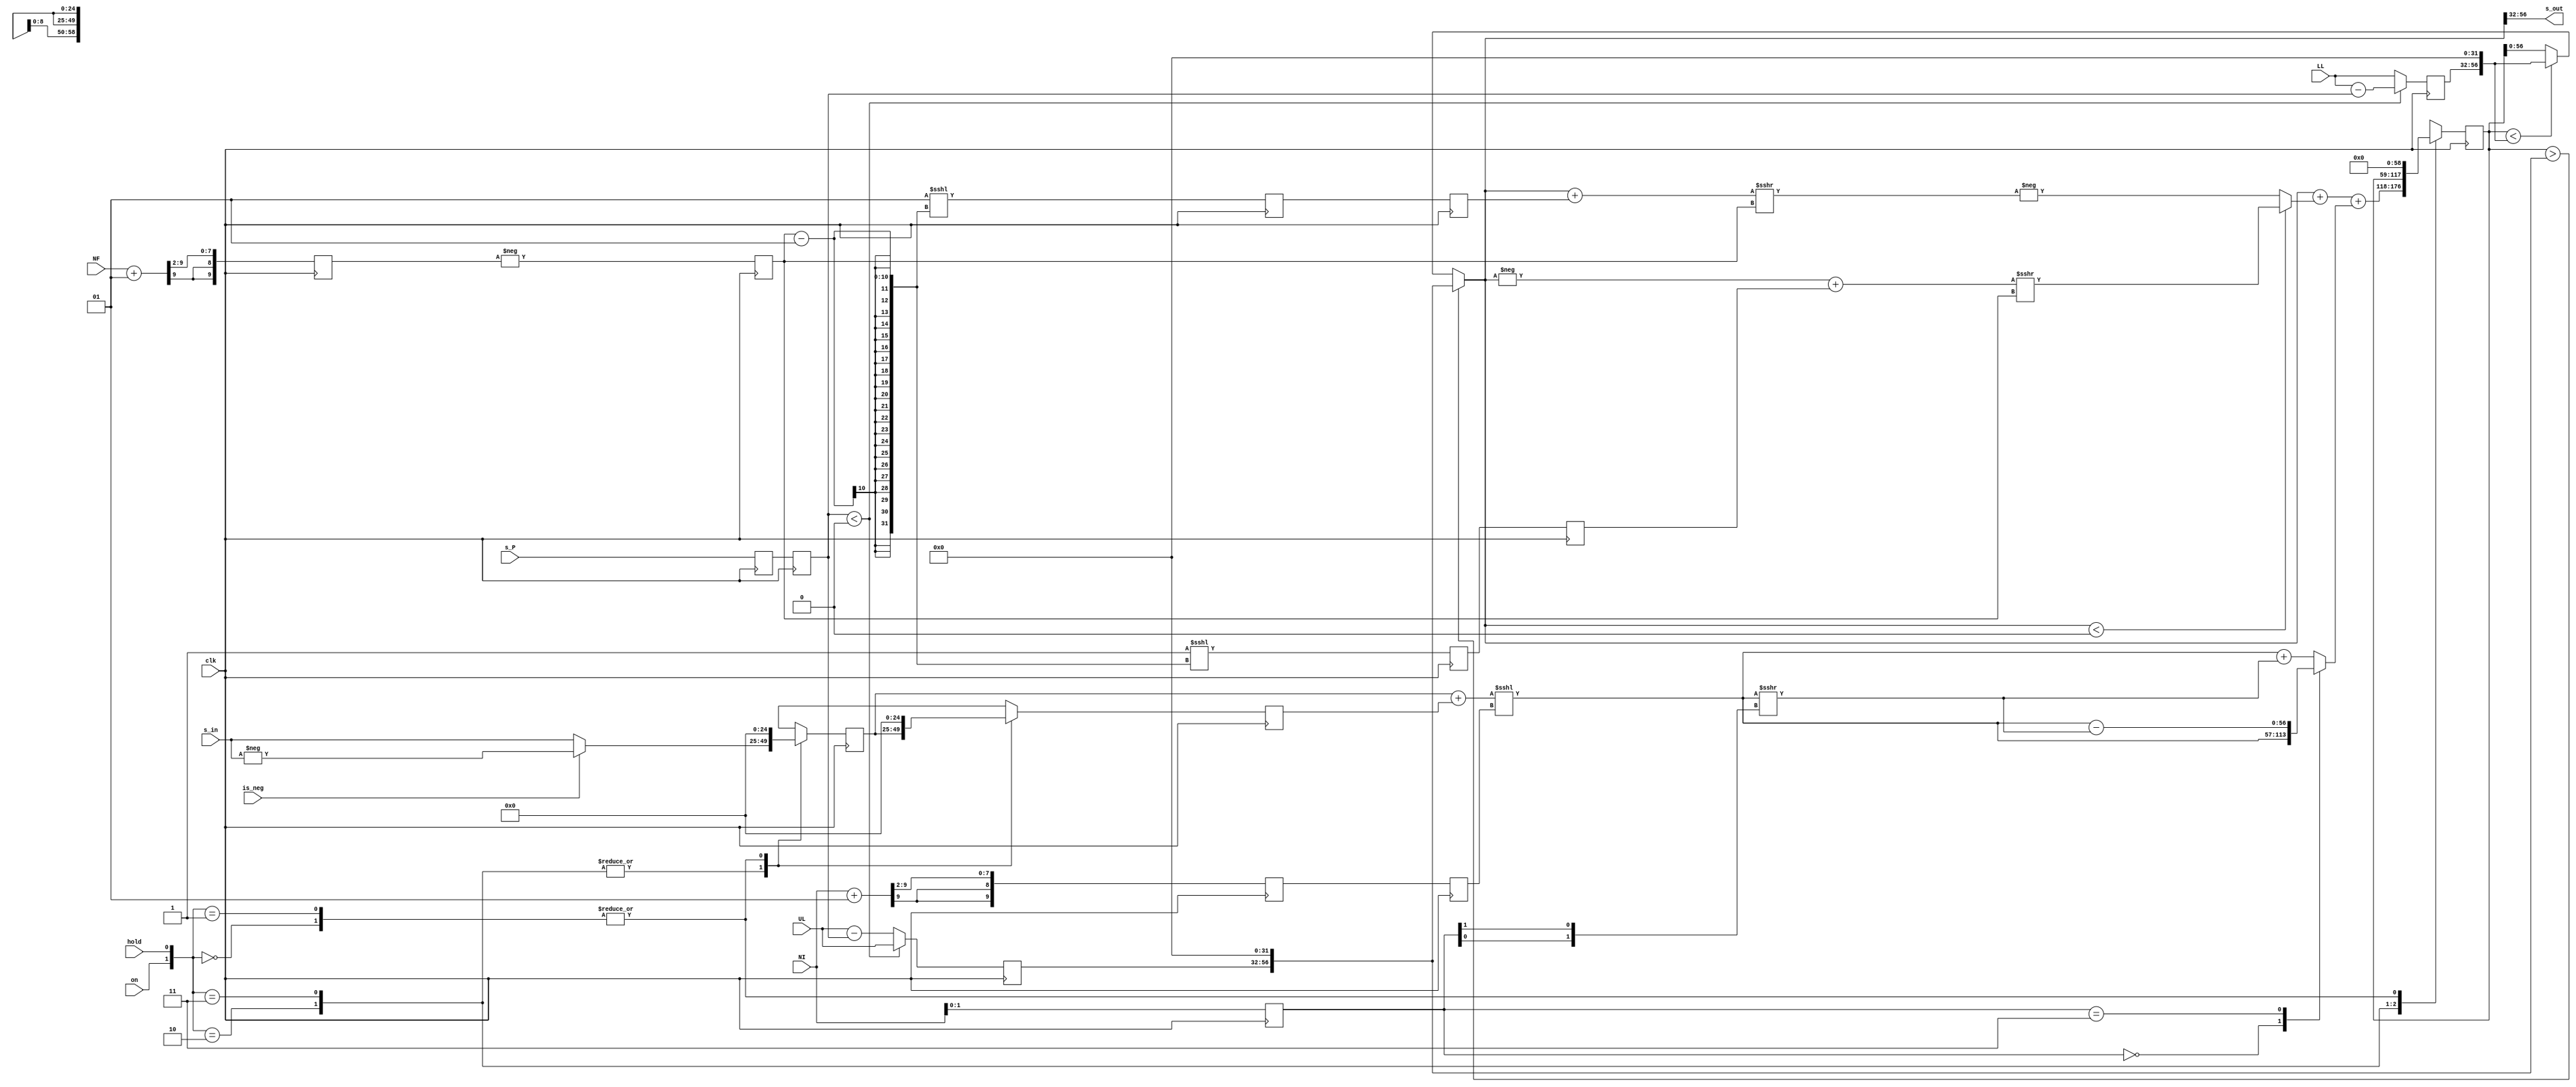
`timescale 1ns / 1ps // <simulation time step> / <simulation time step precision>
//////////////////////////////////////////////////////////////////////////////////
// Module for 1st order integral filter with low frequency gain cutoff, identical to I1BS, but with 2^N resolution of the low frequency cutoff, which increases timing margin. 
// With reduced resolution on the frequency term, it allows timing margin at 100 MS/s. Used for cavity servos in CavPID_rolloff and optionally in CavPID_nornd.
//
// H_INT(s) = I/(wL + s).
//
// This filter has integral gain I = (1+NI[1:0]/4)*2^(NI[9:2])/T, [1, 1.25, 1.5, 1.75]*2^N, where N is an integer.
// The fractions are represented by the 2 LSB's of the input bit shifts, i.e., NF = {N(8 bits), Fractional Bits (2 bits)}.
//
// The low-frequency gain cutoff is wL = 2 (2^(NF[9:2]))/(T*(2-(*2^(NF[9:2])))).
//
// If -4(SIGNAL_SIZE + FB) < NF <= 0, the filter has a low-frequency cutoff, otherwise the filter is purely integral gain. 
// 
// The filter has overflow protection and will hold at LL or UL if the filter exceeds those limits.
//
// The limits can include the output of the P filter s_P, to prevent integrator wind-up for large error signals.
//
// Daniel Schussheim and Kurt Gibble
//////////////////////////////////////////////////////////////////////////////////

module I1BS_rolloff#(parameter SIGNAL_SIZE = 25, FB = 32, OVB = 2)(
    // Clock and control signals
    input  wire clk, on, hold, is_neg,
    // Gains
    input  wire signed [9:0] NF, NI,
    // Lower and upper limits and input from the P filter
    input  wire signed [SIGNAL_SIZE-1:0] LL, UL, s_P,
    // Input and output
    input  wire signed [SIGNAL_SIZE-1:0] s_in,
    output wire signed [SIGNAL_SIZE-1:0] s_out
);

// Function to interpret 2 lsb's as fractional bits representing 0.5 and 0.25.
// Gives [1, 1.25, 1.5, 1.75]*2^N gain precision without using DSP multipliers.
function signed [SIGNAL_SIZE+FB-1:0] bs;
    input        [1:0]                     fb;
    input signed [SIGNAL_SIZE+FB-1:0] in;
        
    begin
        case (fb)
            2'b00:   bs = in                         ;
            2'b11:   bs = in - (in >>> {fb[0],fb[1]});
            default: bs = in + (in >>> {fb[0],fb[1]});           
        endcase
    end
endfunction

// Function to assign new output with limits; if out of range, assign upper/lower limit.
function signed [SIGNAL_SIZE+FB-1:0] newOut;
    input signed [SIGNAL_SIZE+FB+OVB-1:0]  in0;
    input signed [SIGNAL_SIZE-1:0] upperLimit, lowerLimit;
    reg   signed [SIGNAL_SIZE+FB+OVB-1:0] UL1, LL1;
    begin
        UL1 = upperLimit <<< FB;
        LL1 = lowerLimit <<< FB;
        if      (in0 > UL1) newOut = UL1[SIGNAL_SIZE+FB-1:0];
        else if (in0 < LL1) newOut = LL1[SIGNAL_SIZE+FB-1:0]; 
        else                 newOut = in0[SIGNAL_SIZE+FB-1:0];
    end
endfunction

// Assign fractional bits and the integer bit shift gain.
reg [1:0] bI;
reg signed [9:0] gF, gI;
always @(posedge clk) begin
    // Fractional bits
    bI <= NI[1:0]; 
    // 2^g part of gain and cutoff frequency
    gF <= (NF + 10'sb1) >>> 2;
    gI <= (NI + 10'sb1) >>> 2;
end

// Combine on and hold into one 2-bit control signal for the enable logic. 
wire [1:0] ONHOLD;
assign ONHOLD = {on, hold};
// Declaration of integer bit shifts
reg signed [9:0] sF, sI;
// Inputs and sum of subsequent inputs.
reg signed [SIGNAL_SIZE-1:0] x0, x1;
wire signed [SIGNAL_SIZE:0] sx;
assign sx = x0 + x1;

// Filter output from one cycle ago
reg  signed [SIGNAL_SIZE+FB-1:0] y1;
// Current filter output.
reg  signed [SIGNAL_SIZE+FB+OVB-1:0] y0; 
// Current output after the overflow condition is applied.
wire signed [SIGNAL_SIZE+FB-1:0] yNew;

// Limit the sum of P & I to the upper and lower limits. 
reg signed [SIGNAL_SIZE-1:0] UL0, LL0;
assign yNew = newOut(y0, UL0, LL0);
assign s_out = yNew[SIGNAL_SIZE+FB-1:FB];

// Calculate IIR terms
wire signed [SIGNAL_SIZE+FB-1:0] 
    y0F, sxI,
    y0F_int0, sxI_int0;
// Frequency term, with rounding.
reg signed [SIGNAL_SIZE+FB-1:0] mRnd0 = 0, mRnd = 0, Rnd0 = 0, Rnd = 0;
assign y0F = (yNew<0)?((-yNew+mRnd)>>>sF):(-((yNew+Rnd)>>>sF)); // This is a right bit shift so negative sF (positive NF) gives y0F_int0 = 0.
// Sum of inputs term for I gain.
assign sxI_int0 = sx<<<sI;
assign sxI      = bs(bI, sxI_int0); // Fractional bits

// Save old values of s_P to help meet timing. s_P changes slowly in the regime where the integrator hits a rail.
reg signed [SIGNAL_SIZE-1:0] s_P0, s_P1;

always @(posedge clk) begin
    // Pipeline to help meet timing
    s_P0 <= s_P;
    s_P1 <= s_P0;
    // Limit the sum of P & I to the upper and lower limits.
    if (s_P1<0) begin
        UL0 <= UL;
        LL0 <= LL - s_P1;
    end
    else begin
        UL0 <= UL - s_P1;   
        LL0 <= LL;
    end     
    // Pipeline rounding
    mRnd0 <= -1<<<(sF-1);
    mRnd <= mRnd0;
    Rnd0 <= 1<<<(sF-1);
    Rnd <= Rnd0;  
    // Calculate the total bit shifts 
    // Flip sign of NF; a more negative NF gives a smaller cut-off frequency.
    sF <= -gF; 
    sI <=  gI;
    // Bit-shift-add to get next filter output from new input and previous inputs and outputs
    case(ONHOLD)
        // If filter is on and not holding:
        2'b10: begin
            // Retain input values. IF for filter sign.
            if (is_neg) x0 <= -s_in;
            else        x0 <=  s_in;
            x1 <= x0;
            ////// GENERATE NEXT OUTPUT \\\\\\\\\\\\
            // a1 = 1-wL*T, 
            // b0 = b1 = I*T/2
            y0 <= yNew + y0F + sxI;
            // Retain old output
            y1 <= y0;
        end
        // If filter is on and holding:
        2'b11: begin
            // Retain input values. IF for filter sign.
            if (is_neg) x0 <= -s_in;
            else        x0 <=  s_in;
            x1 <= x0;
            y0 <= y0; 
            y1 <= y1;
        end
        // If not on, output zeros
        (2'b00): begin
            x0  <= 'd0;
            x1  <= 'd0;
            y0  <= 'd0;
            y1  <= 'd0;
        end
        (2'b01): begin
            x0  <= 'd0;
            x1  <= 'd0;
            y0  <= 'd0;
            y1  <= 'd0;
        end
    endcase
end
    
endmodule